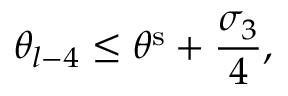
\theta _ { l - 4 } \leq \theta ^ { \mathrm { s } } + \frac { \sigma _ { 3 } } { 4 } ,